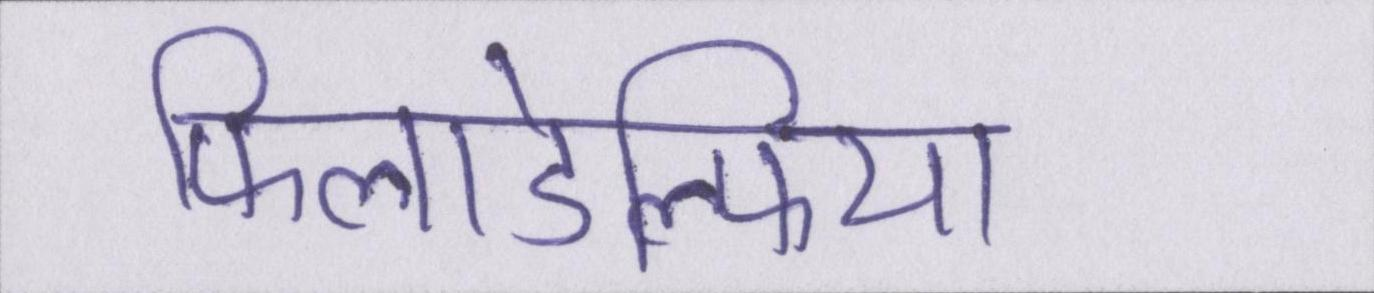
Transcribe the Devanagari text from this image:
फिलाडेल्फिया